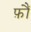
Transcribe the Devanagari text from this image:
फ़ौं